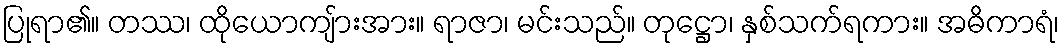
ပြုရာ၏။ တဿ၊ ထိုယောကျ်ားအား။ ရာဇာ၊ မင်းသည်။ တုဋ္ဌော၊ နှစ်သက်ရကား။ အဓိကာရံ၊